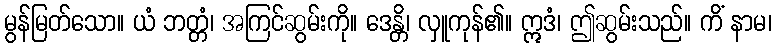
မွန်မြတ်သော။ ယံ ဘတ္တံ၊ အကြင်ဆွမ်းကို။ ဒေန္တိ၊ လှူကုန်၏။ ဣဒံ၊ ဤဆွမ်းသည်။ ကိံ နာမ၊